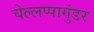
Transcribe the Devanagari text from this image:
चेल्लप्पागुंडर